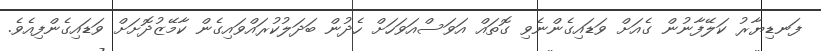
ފަނޑިޔާރު ކަލޭފާނުން ގެއަށް ވަޑައިގެންނެވި ގޮތައް އަވަސްއަވަހަށް ހެދުން ބަދަލުކުރައްވައިގެން ކާމޭޒުދޮށަށް ވަޑައިގެންފިއެވެ.